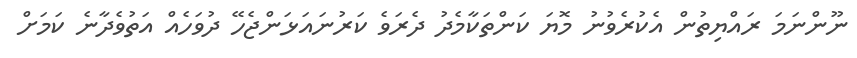
ނޫންނަމަ ރައްޔިތުން އެކުރެވުނު މޮޔަ ކަންތަކާމެދު ދެރަވެ ކަރުނައަޅަންޖެހޭ ދުވަހެއް އަތުވެދާނެ ކަމަށް